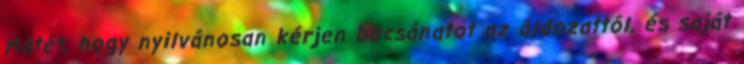
Mátét, hogy nyilvánosan kérjen bocsánatot az áldozattól, és saját